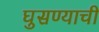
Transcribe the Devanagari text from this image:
घुसण्याची